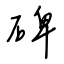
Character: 碑